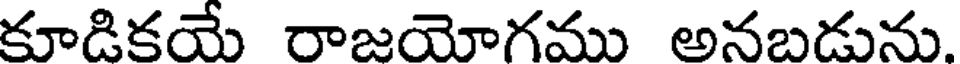
కూడికయే రాజయోగము అనబడును